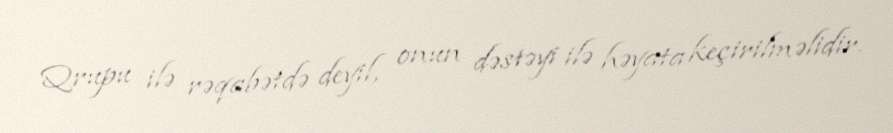
Qrupu ilə rəqabətdə deyil, onun dəstəyi ilə həyata keçirilməlidir.